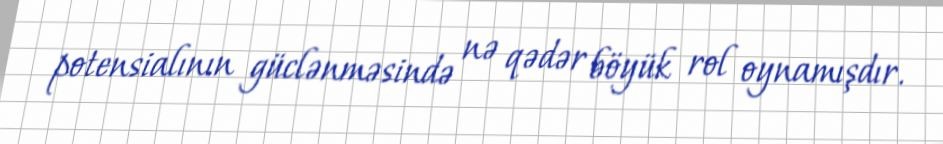
potensialının güclənməsində nə qədər böyük rol oynamışdır.